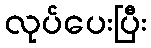
လုပ်ပေးပြီး